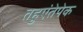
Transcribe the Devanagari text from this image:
तहुएंतेपेक